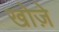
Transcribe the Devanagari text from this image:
खोज़े